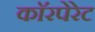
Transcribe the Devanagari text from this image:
काॅरपेरेट